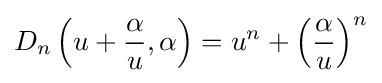
D_{n}\left(u+{\frac {\alpha }{u}},\alpha \right)=u^{n}+\left({\frac {\alpha }{u}}\right)^{n}